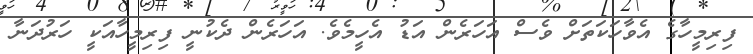
ފިރިމީހާގެ އެވާހަކަތަށް ވެސް އަހަރެން އަޑު އެހީމެވެ. އަހަރެން ދެކުނީ ފިރިމީހާއަކީ ހަރުދަނާ